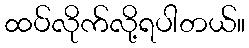
ထပ်လိုက်လို့ရပါတယ်။